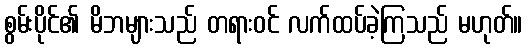
စွမ်းပိုင်၏ မိဘများသည် တရားဝင် လက်ထပ်ခဲ့ကြသည် မဟုတ်။